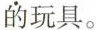
的玩具。